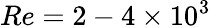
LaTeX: Re=2-4\times 10^{3}